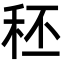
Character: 秠